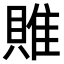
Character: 𨿎